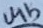
Text: U4b